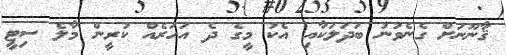
ޤާނޫނަށް ގެނެވުނު ބަދަލަކާއި އެކު މީގެ ދެ އަހަރެއް ކުރީން މާލެ ސިޓީ